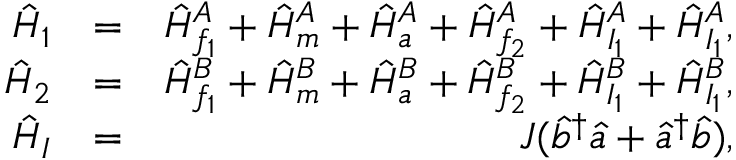
\begin{array} { r l r } { \hat { H } _ { 1 } } & { = } & { \hat { H } _ { f _ { 1 } } ^ { A } + \hat { H } _ { m } ^ { A } + \hat { H } _ { a } ^ { A } + \hat { H } _ { f _ { 2 } } ^ { A } + \hat { H } _ { I _ { 1 } } ^ { A } + \hat { H } _ { I _ { 1 } } ^ { A } , } \\ { \hat { H } _ { 2 } } & { = } & { \hat { H } _ { f _ { 1 } } ^ { B } + \hat { H } _ { m } ^ { B } + \hat { H } _ { a } ^ { B } + \hat { H } _ { f _ { 2 } } ^ { B } + \hat { H } _ { I _ { 1 } } ^ { B } + \hat { H } _ { I _ { 1 } } ^ { B } , } \\ { \hat { H } _ { I } } & { = } & { J ( \hat { b } ^ { \dagger } \hat { a } + \hat { a } ^ { \dagger } \hat { b } ) , } \end{array}